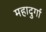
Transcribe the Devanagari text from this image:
महादुर्गा